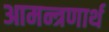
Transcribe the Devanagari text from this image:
आमन्त्रणार्थ